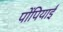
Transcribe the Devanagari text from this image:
पोंपियाईं